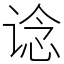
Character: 谂